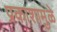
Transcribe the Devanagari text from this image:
प्रकाशामुळे